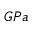
G P a